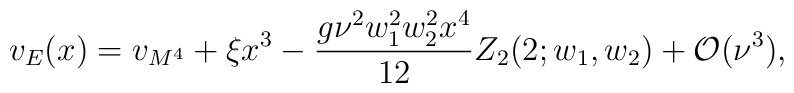
v_{E}(x) = v_{M^{4}} + \xi x^{3} - \frac{g \nu ^{2} w_{1}^{2}w_{2}^{2} x^{4}}{12} Z_2(2;w_1,w_2) + {\cal O}(\nu ^{3}),